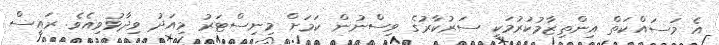
އެ މަސައްކަތް އިންތިޒާމުކުރުމަކީ ސަރުކާރުގެ ވިސްނުން ކަމަށް މިނިސްޓަރު މިއަދު ވިދާޅުވިއެވެ. ރައީސް